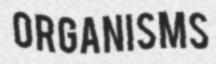
ORGANISMS